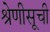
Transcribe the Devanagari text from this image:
श्रेणीसूची